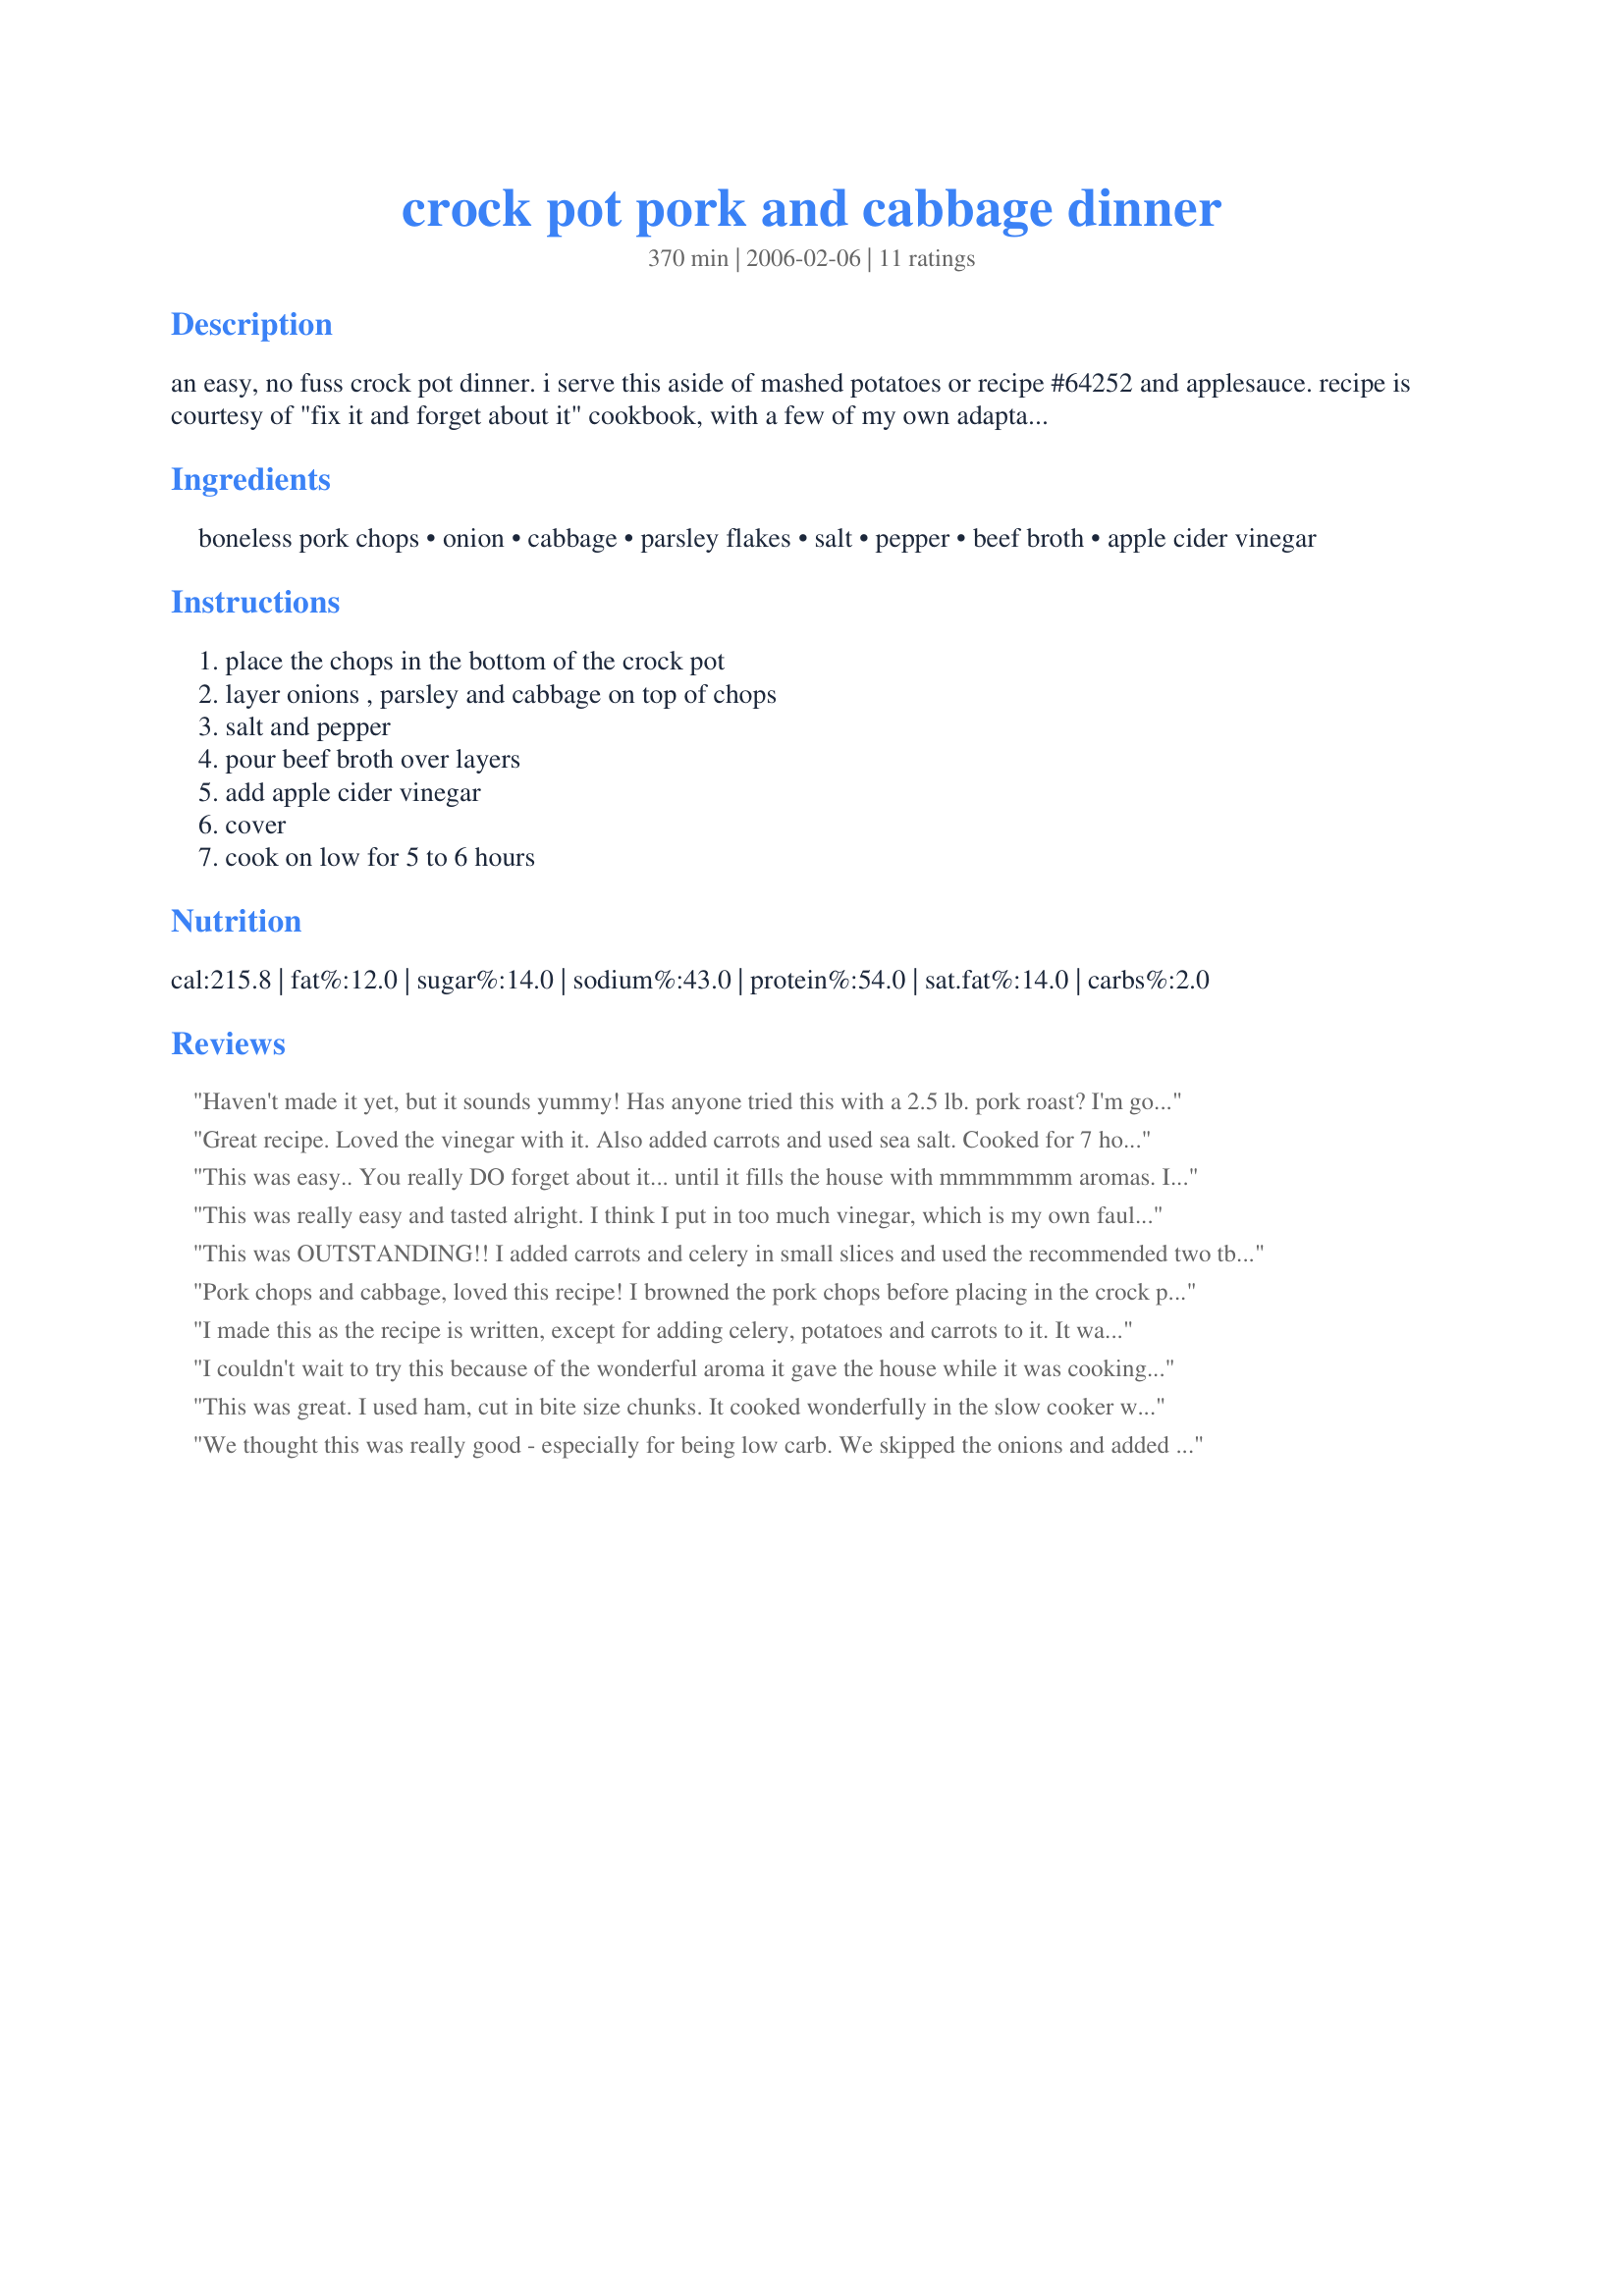
crock pot pork and cabbage dinner
Preparation time: 370 minutes

an easy, no fuss crock pot dinner. i serve this aside of mashed potatoes or recipe #64252 and applesauce. recipe is courtesy of "fix it and forget about it" cookbook, with a few of my own adaptations to the recipe.

Ingredients:
boneless pork chops, onion, cabbage, parsley flakes, salt, pepper, beef broth, apple cider vinegar

Steps:
place the chops in the bottom of the crock pot, layer onions , parsley and cabbage on top of chops, salt and pepper, pour beef broth over layers, add apple cider vinegar, cover, cook on low for 5 to 6 hours

Reviews:
Haven't made it yet, but it sounds yummy! Has anyone tried this with a 2.5 lb. pork roast? I'm going to... Any suggestions would be welcome. Thanks!
Great recipe. Loved the vinegar with it. Also added carrots and used sea salt. Cooked for 7 hours on low. Family loved this!
This was easy.. You really DO forget about it... until it fills the house with mmmmmmm aromas. I love the smell of cabbage cooking. So, I guess you really don't forget about it. The only thing I did different was add baby carrots and chopped celery. I served it with roasted-sliced potatoes that had sweet pepper slices. This was a packet dinner. I'll show two pictures; one where it makes the pork and cabbage the focal point and then one with the whole dinner. Thank you again for the great dinner! :)
This was really easy and tasted alright. I think I put in too much vinegar, which is my own fault for not using the measuring spoon. My husband doesn't like cabbage and wouldn't eat it. In fact, as soon as he walked into the house he was complaining about the terrible smell. I like cabbage and thought it was tasty, but I probably won't make it again.
This was OUTSTANDING!! I added carrots and celery in small slices and used the recommended two tbsp of Apple Cider Vinegar. I also used the beef broth and didn't find the flavors overwhelming at all. In fact, they blended beautifully. I didn't "Chop" the cabbage. I sliced it into bite size peices and it was great. Next time I will cut it into even larger slices. The Pork was melt in your mouth tender and the flavor was excellent!! I also added peeled and boiled potatoes as a side dish. I microwaved them for 7 minutes then boiled for an additional 4. My family devoured them with the delicious broth as a gravy, (Even my 14 yr old who hates potatoes loved them with the juices!!). I pulled the potatoes out prior to refrigerating the left overs to keep the tater's from absorbing all of the juices. This was even better the next day. My picky family LOVES this recipe. This is definately a new regular at my house. THANK YOU!!!
Pork chops and cabbage, loved this recipe! I browned the pork chops before placing in the crock pot, used vegetable broth instead of beef because I like the lighter flavor, one tablespoon of apple cider vinegar, and omitted the salt. A keeper, thank you!
I made this as the recipe is written, except for adding celery, potatoes and carrots to it. It was good the first day (about a 3 star), but the 2nd and 3rd day, it was even better. I used bone-in chops, for added flavor and they were tender. Thanks for posting this recipe. I love cabbage and this was good comfort food for a busy winter day.
I couldn't wait to try this because of the wonderful aroma it gave the house while it was cooking. Although we loved the flavor of the cabbage, the pork was quite bland. I made it just as written, but the pork didn't seem to have absorbed any of the other flavors in the crock pot. It was very "fall-apart" tender though. I might try adding some spices or tweaking the cooking broth a little next time because we do love pork and cabbage, so I'll definitely try this again.
This was great. I used ham, cut in bite size chunks. It cooked wonderfully in the slow cooker while I was hard at work. My parents and boyfriend loved the flavor. Will make again.
Thank you!
We thought this was really good - especially for being low carb. We skipped the onions and added a few carrots. It was very flavorful, and the meat was tender and delicious. Thanks for sharing!
This was very good; my husband really liked it and said it reminded him of Chow Mein. I used bone-in chicken breasts instead of pork. At the end I chopped the chicken and let it soak up the sauce before serving. I also used pre shredded cabbage/carrot mix sold for Cole Slaw instead of chopped cabbage and veg. broth in place of beef broth. I did use the apple cider vinegar--Yum!
